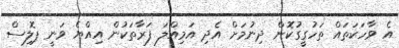
އެ ވާހަކަތައް ތަހުގީގުކޮށް ދިނުމަށް އެދި އަމިއްލަ ފަރާތަކުން އިއްޔެ ވަނީ ޕޮލިސް